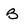
Character: B